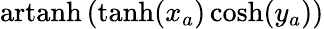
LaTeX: \operatorname{artanh}\left(\operatorname{tanh}(x_{a})\cosh(y_{a})\right)